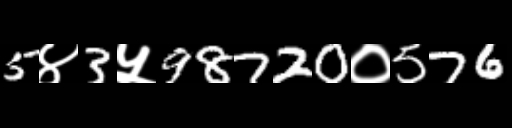
Text: 5४3५98720०576